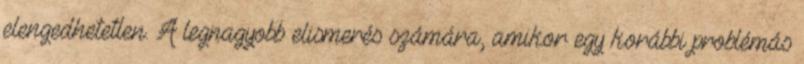
elengedhetetlen. A legnagyobb elismerés számára, amikor egy korábbi problémás